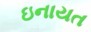
ઇનાયત